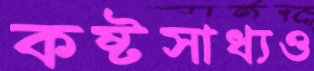
কষ্টসাধ্যও